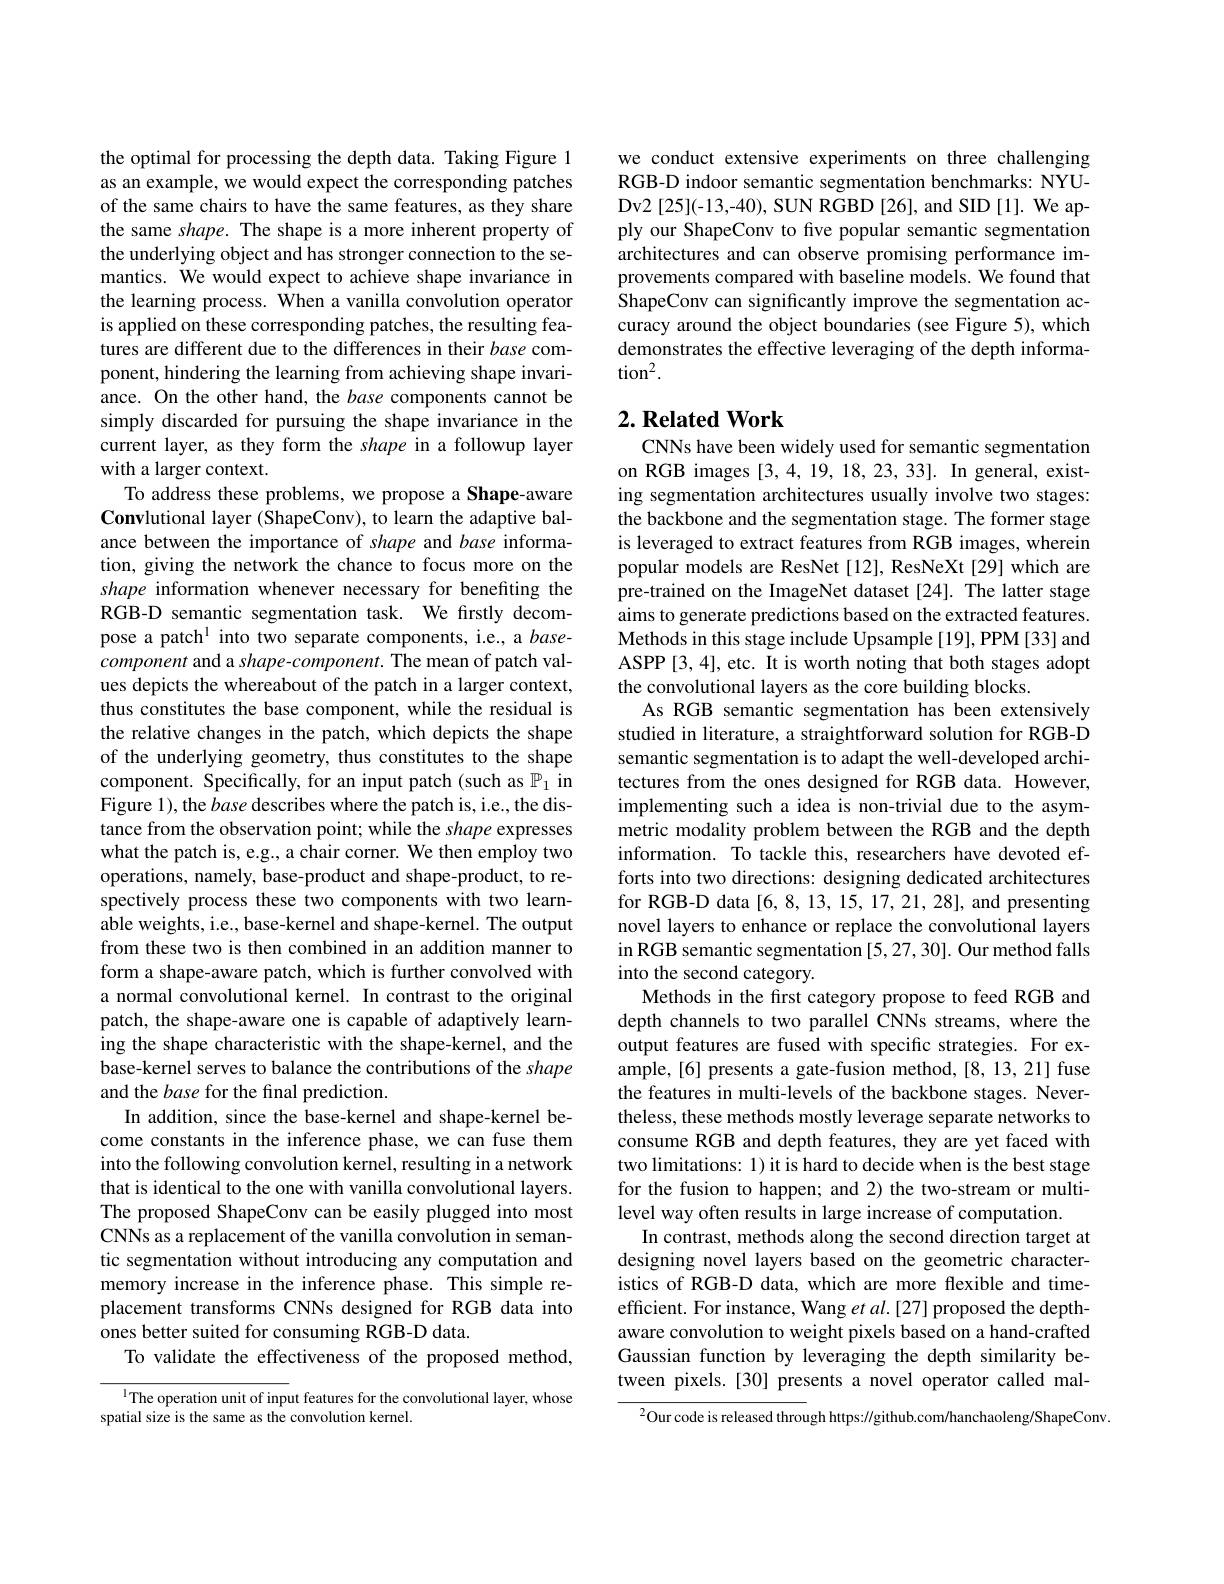
the optimal for processing the depth data. Taking Figure 1 as an example, we would expect the corresponding patches of the same chairs to have the same features, as they share the same shape. The shape is a more inherent property of the underlying object and has stronger connection to the semantics. We would expect to achieve shape invariance in the learning process. When a vanilla convolution operator is applied on these corresponding patches, the resulting features are different due to the differences in their base component, hindering the learning from achieving shape invariance. On the other hand, the base components cannot be simply discarded for pursuing the shape invariance in the current layer, as they form the shape in a followup layer with a larger context.
To address these problems, we propose a Shape-aware Convlutional layer (ShapeConv), to learn the adaptive balance between the importance of shape and base information, giving the network the chance to focus more on the shape information whenever necessary for benefiting the RGB-D semantic segmentation task. We firstly decompose a patch$^{1}$ into two separate components, i.e., a basecomponent and a shape-component. The mean of patch values depicts the whereabout of the patch in a larger context, thus constitutes the base component, while the residual is the relative changes in the patch, which depicts the shape of the underlying geometry, thus constitutes to the shape component. Specifically, for an input patch (such as $\mathbb{P}_1$ in Figure 1), the base describes where the patch is, i.e., the distance from the observation point; while the shape expresses what the patch is, e.g., a chair corner. We then employ two operations, namely, base-product and shape-product, to respectively process these two components with two learnable weights, i.e., base-kernel and shape-kernel. The output from these two is then combined in an addition manner to form a shape-aware patch, which is further convolved with a normal convolutional kernel. In contrast to the original patch, the shape-aware one is capable of adaptively learning the shape characteristic with the shape-kernel, and the base-kernel serves to balance the contributions of the shape and the base for the final prediction.
In addition, since the base-kernel and shape-kernel become constants in the inference phase, we can fuse them into the following convolution kernel, resulting in a network that is identical to the one with vanilla convolutional layers. The proposed ShapeConv can be easily plugged into most CNNs as a replacement of the vanilla convolution in semantic segmentation without introducing any computation and memory increase in the inference phase. This simple replacement transforms CNNs designed for RGB data into ones better suited for consuming RGB-D data.
To validate the effectiveness of the proposed method,

$^{1}$The operation unit of input features for the convolutional layer, whose
spatial size is the same as the convolution kernel.

we conduct extensive experiments on three challenging RGB-D indoor semantic segmentation benchmarks: NYUDv2[25](-13,-40), SUN RGBD[26], and SID[1]. We apply our ShapeConv to five popular semantic segmentation architectures and can observe promising performance improvements compared with baseline models. We found that ShapeConv can significantly improve the segmentation accuracy around the object boundaries (see Figure 5), which demonstrates the effective leveraging of the depth informa- $\tan^{2}.$

## $2. \textbf{Related Work}$

CNNs have been widely used for semantic segmentation on RGB images [3,4,19,18,23,33]. In general, existing segmentation architectures usually involve two stages: the backbone and the segmentation stage. The former stage is leveraged to extract features from RGB images, wherein popular models are ResNet [12], ResNeXt [29] which are pre-trained on the ImageNet dataset [24]. The latter stage aims to generate predictions based on the extracted features. Methods in this stage include Upsample [19], PPM [33] and ASPP [3,4], etc. It is worth noting that both stages adopt the convolutional layers as the core building blocks.
As RGB semantic segmentation has been extensively studied in literature, a straightforward solution for RGB-D semantic segmentation is to adapt the well-developed architectures from the ones designed for RGB data. However, implementing such a idea is non-trivial due to the asymmetric modality problem between the RGB and the depth information. To tackle this, researchers have devoted efforts into two directions: designing dedicated architectures for RGB-D data [6,8,13,15,17,21,28], and presenting novel layers to enhance or replace the convolutional layers in RGB semantic segmentation [5,27,30]. Our method falls into the second category.
Methods in the first category propose to feed RGB and depth channels to two parallel CNNs streams, where the output features are fused with specific strategies. For example,[6] presents a gate-fusion method,[8,13,21] fuse the features in multi-levels of the backbone stages. Nevertheless, these methods mostly leverage separate networks to consume RGB and depth features, they are yet faced with two limitations: 1) it is hard to decide when is the best stage for the fusion to happen; and 2) the two-stream or multilevel way often results in large increase of computation.
In contrast, methods along the second direction target at designing novel layers based on the geometric characteristics of RGB-D data, which are more flexible and timeefficient. For instance, Wang et al.[27] proposed the depthaware convolution to weight pixels based on a hand-crafted Gaussian function by leveraging the depth similarity between pixels.[30] presents a novel operator called mal-
$^{2}$Our code is released through https://github.com/hanchaoleng/ShapeConv.